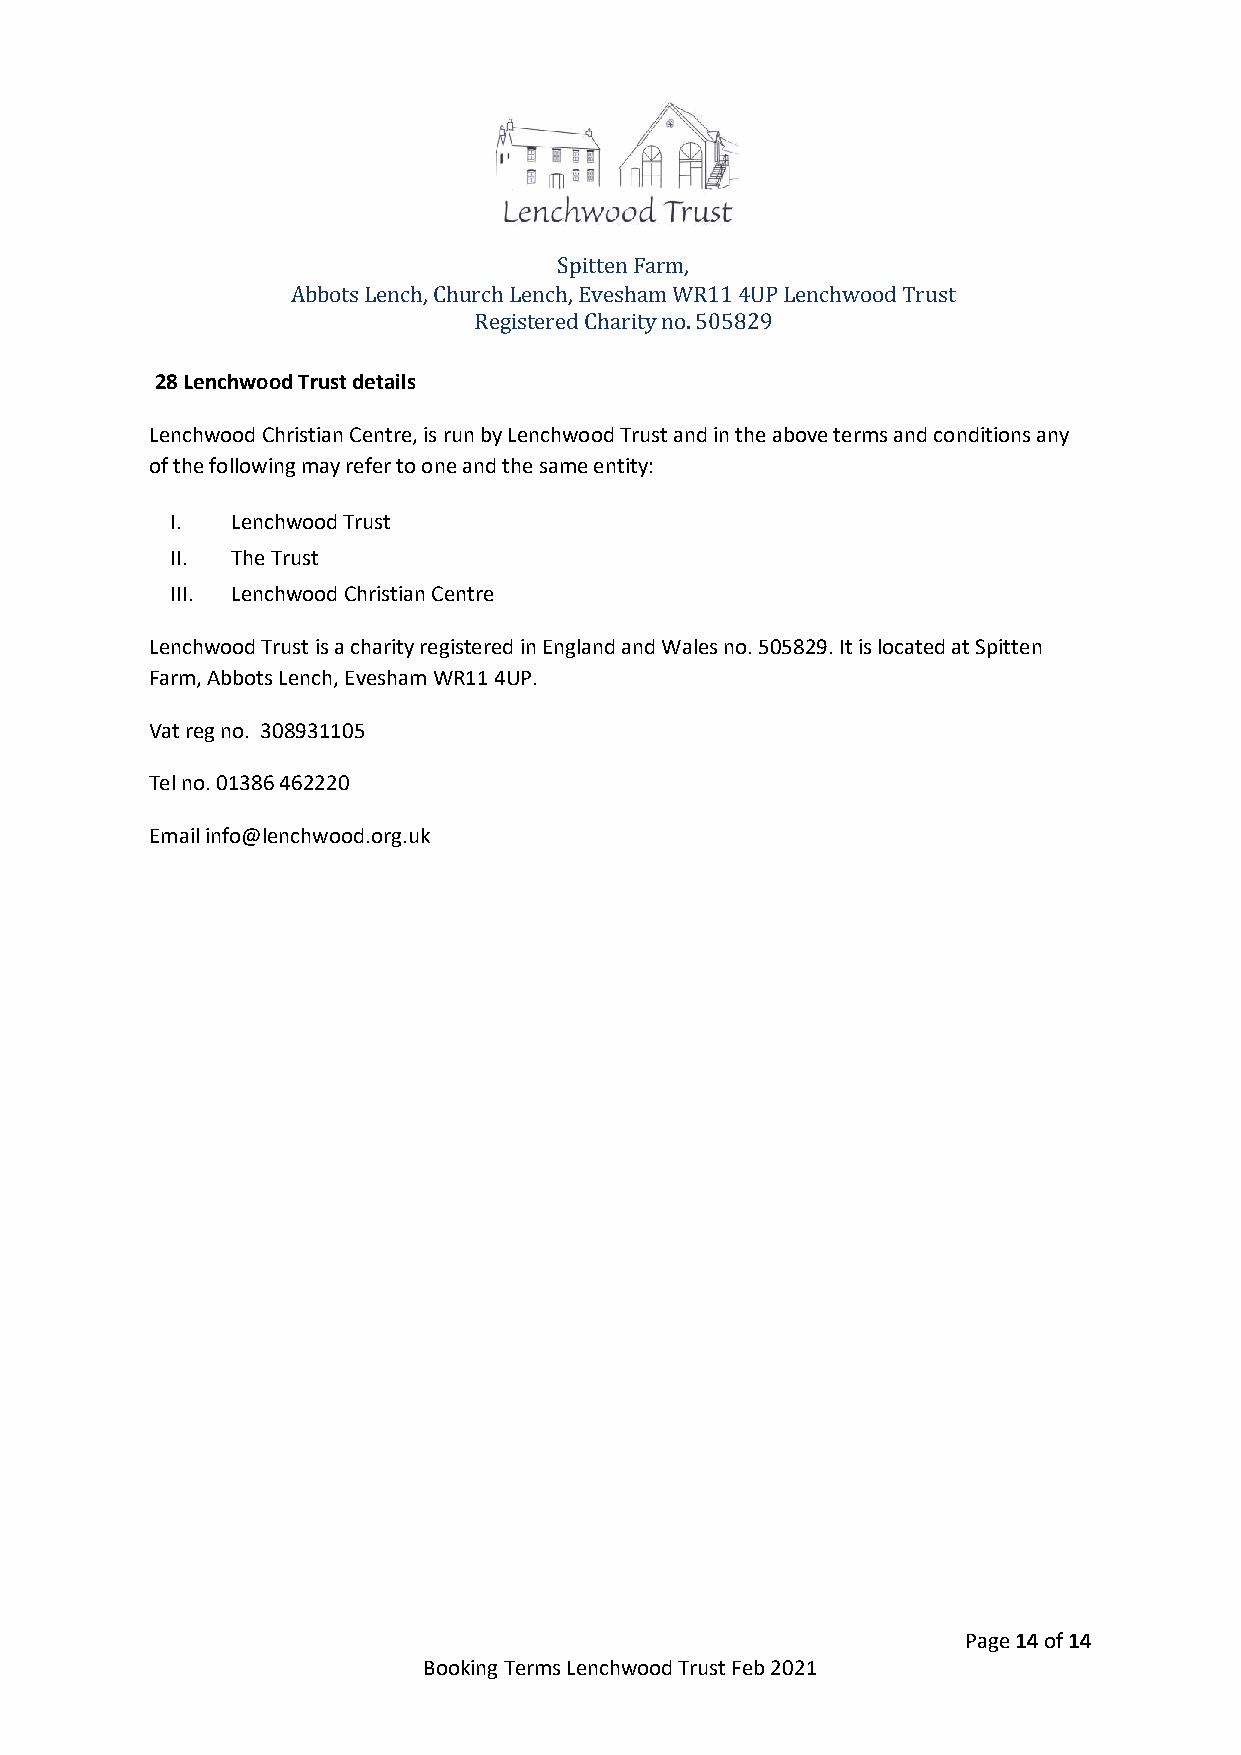
Spitten Farm,
 Abbots Lench, Church Lench, Evesham WR11 4UP Lenchwood Trust
 Registered Charity no. 505829
 28 Lenchwood Trust details
 Lenchwood Christian Centre, is run by Lenchwood Trust and in the above terms and conditions any
 of the following may refer to one and the same entity:
 I.  Lenchwood Trust
 II. The Trust
 III. Lenchwood Christian Centre
 Lenchwood Trust is a charity registered in England and Wales no. 505829. It is located at Spitten
 Farm, Abbots Lench, Evesham WR11 4UP.
 Vat reg no. 308931105
 Tel no. 01386 462220
 Email info@lenchwood.org.uk
 Page 14 of 14
 Booking Terms Lenchwood Trust Feb 2021